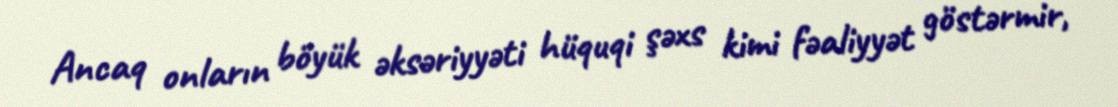
Ancaq onların böyük əksəriyyəti hüquqi şəxs kimi fəaliyyət göstərmir,